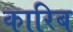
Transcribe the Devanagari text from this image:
कारिब